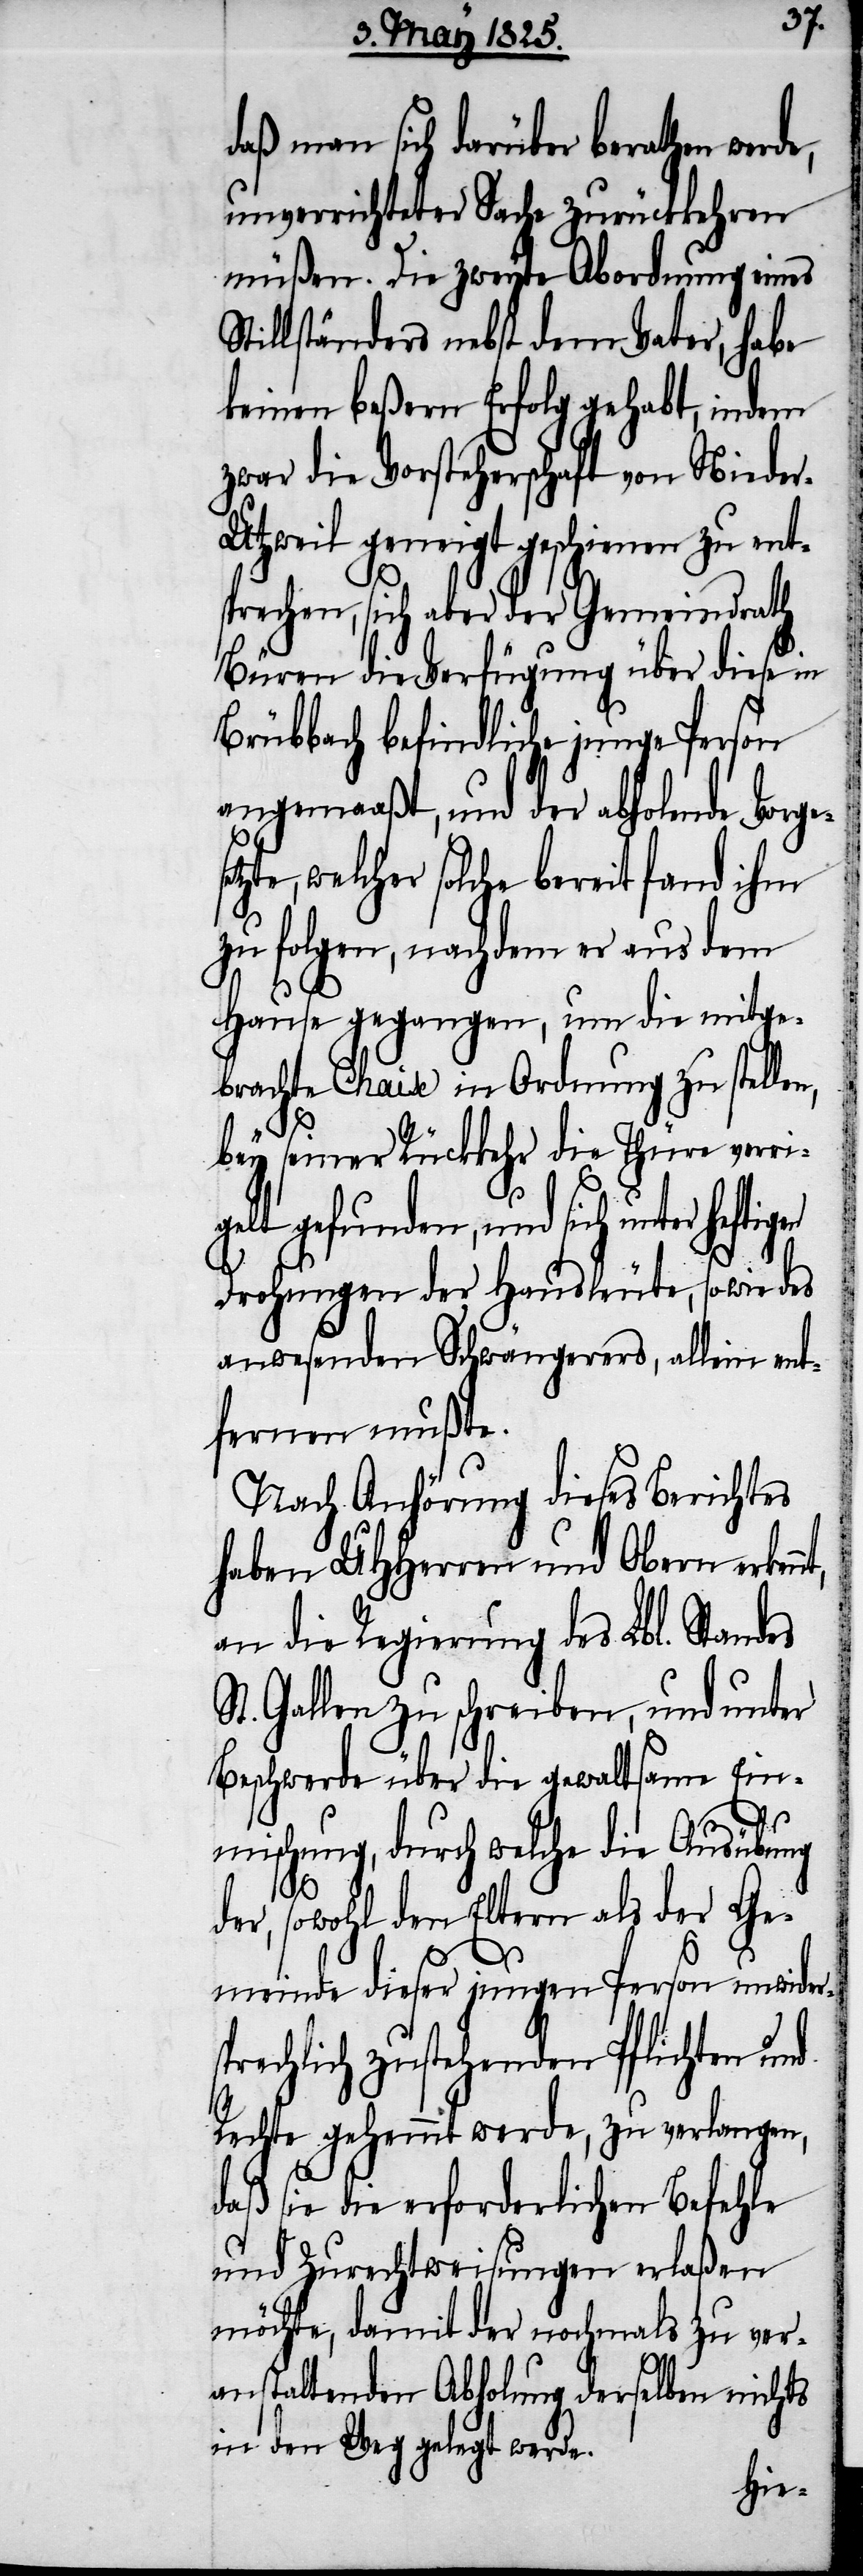
daß man sich darüber berathen werde,
unverrichteter Sache zurückkehren
müßen. Die zweyte Abordnung eines
Stillständers nebst dem Vater, habe
keinen beßern Erfolg gehabt, indem
zwar die Vorsteherschaft von Niede¬
tzwil geneigt geschienen zu ent¬
sprechen, sich aber der Gemeindrath
Büren die Verfügung über diese in
Brübbach befindliche junge Person
angemaaßt, und der abholende Vorgese¬
cher solche bereit fand ihm
zu folgen, nachdem er aus dem
Hause gegangen, um die mitge¬
brachte Chaise in Ordnung zu stellen,
bey seiner Rückkehr die Thüre verrie¬
gelt gefunden, und sich unter
Drohungen der Hausleute, sowie des
anwesenden Schwängerers, allein ent¬
fernen mußte.
Nach Anhörung dieses Berichtes
haben UHHerren und Obern erkenn¬
an die Regierung des Lbl. Standes
St. Gallen zu schreiben, und unter
Beschwerde über die gewaltsame Ein¬
wel¬
mischung, durch welche die Ausübung
der, sowohl den Eltern als der Ge¬
t,
meinde dieser jungen Person unwiders¬
prechlich zustehenden Pflichten und
Rechte gehemmt werde, zu verlangen,
daß sie die erforderlichen Befehle
und Zurechtweisungen erlaßen
möchte, damit der nochmals zu ver¬
anstaltenden Abholung derselben nichts
in den Weg gelegt werde.